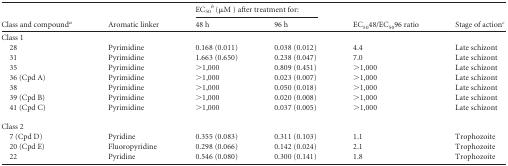
<table><thead><tr><td rowspan="2"><b>Class and compound<sup><i>a</i></sup></b></td><td rowspan="2"><b>Aromatic linker</b></td><td colspan="2"><b>EC<sub>50</sub><sup><i>b</i></sup> (μM) after treatment for:</b></td><td rowspan="2"><b>EC<sub>50</sub>48/EC<sub>50</sub>96 ratio</b></td><td rowspan="2"><b>Stage of action<sup><i>c</i></sup></b></td></tr><tr><td><b>48 h</b></td><td><b>96 h</b></td></tr></thead><tbody><tr><td>Class 1</td><td></td><td></td><td></td><td></td><td></td></tr><tr><td>28</td><td>Pyrimidine</td><td>0.168 (0.011)</td><td>0.038 (0.012)</td><td>4.4</td><td>Late schizont</td></tr><tr><td>31</td><td>Pyrimidine</td><td>1.663 (0.650)</td><td>0.238 (0.047)</td><td>7.0</td><td>Late schizont</td></tr><tr><td>35</td><td>Pyrimidine</td><td>&gt;1,000</td><td>0.809 (0.451)</td><td>&gt;1,000</td><td>Late schizont</td></tr><tr><td>36 (Cpd A)</td><td>Pyrimidine</td><td>&gt;1,000</td><td>0.023 (0.007)</td><td>&gt;1,000</td><td>Late schizont</td></tr><tr><td>38</td><td>Pyrimidine</td><td>&gt;1,000</td><td>0.050 (0.018)</td><td>&gt;1,000</td><td>Late schizont</td></tr><tr><td>39 (Cpd B)</td><td>Pyrimidine</td><td>&gt;1,000</td><td>0.020 (0.008)</td><td>&gt;1,000</td><td>Late schizont</td></tr><tr><td>41 (Cpd C)</td><td>Pyrimidine</td><td>&gt;1,000</td><td>0.037 (0.005)</td><td>&gt;1,000</td><td>Late schizont</td></tr><tr><td>Class 2</td><td></td><td></td><td></td><td></td><td></td></tr><tr><td>7 (Cpd D)</td><td>Pyridine</td><td>0.355 (0.083)</td><td>0.311 (0.103)</td><td>1.1</td><td>Trophozoite</td></tr><tr><td>20 (Cpd E)</td><td>Fluoropyridine</td><td>0.298 (0.066)</td><td>0.142 (0.024)</td><td>2.1</td><td>Trophozoite</td></tr><tr><td>22</td><td>Pyridine</td><td>0.546 (0.080)</td><td>0.300 (0.141)</td><td>1.8</td><td>Trophozoite</td></tr></tbody></table>